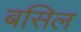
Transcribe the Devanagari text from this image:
बसिल